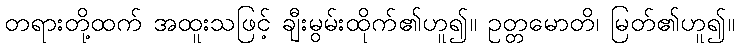
တရားတို့ထက် အထူးသဖြင့် ချီးမွမ်းထိုက်၏ဟူ၍။ ဥတ္တမောတိ၊ မြတ်၏ဟူ၍။